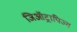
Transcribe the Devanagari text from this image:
जिऑट्रापिज्म